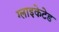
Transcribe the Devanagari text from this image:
ग्लाइकेटेड